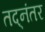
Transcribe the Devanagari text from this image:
तद्‌नंतर